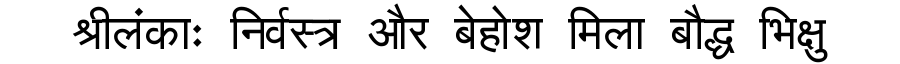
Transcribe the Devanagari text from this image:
श्रीलंकाः निर्वस्त्र और बेहोश मिला बौद्ध भिक्षु